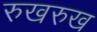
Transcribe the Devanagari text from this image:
रुखरुख